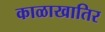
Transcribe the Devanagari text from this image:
काळाखातिर